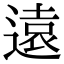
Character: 遠